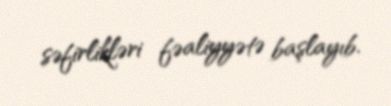
səfirlikləri fəaliyyətə başlayıb.